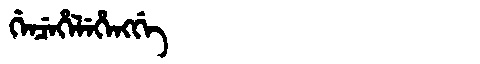
Manchu: ᡤᡝᠨᠴᡝᡥᡝᠯᡝᡥᡝᠩᡤᡝ
Romanization: GENCEHELEHENGGE